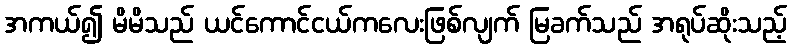
အကယ်၍ မိမိသည် ယင်ကောင်ငယ်ကလေးဖြစ်လျက် မြခက်သည် အရုပ်ဆိုးသည့်